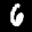
Label: 6